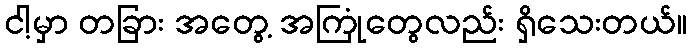
ငါ့မှာ တခြား အတွေ့ အကြုံတွေလည်း ရှိသေးတယ်။